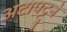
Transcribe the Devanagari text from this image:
अटापट्टुने